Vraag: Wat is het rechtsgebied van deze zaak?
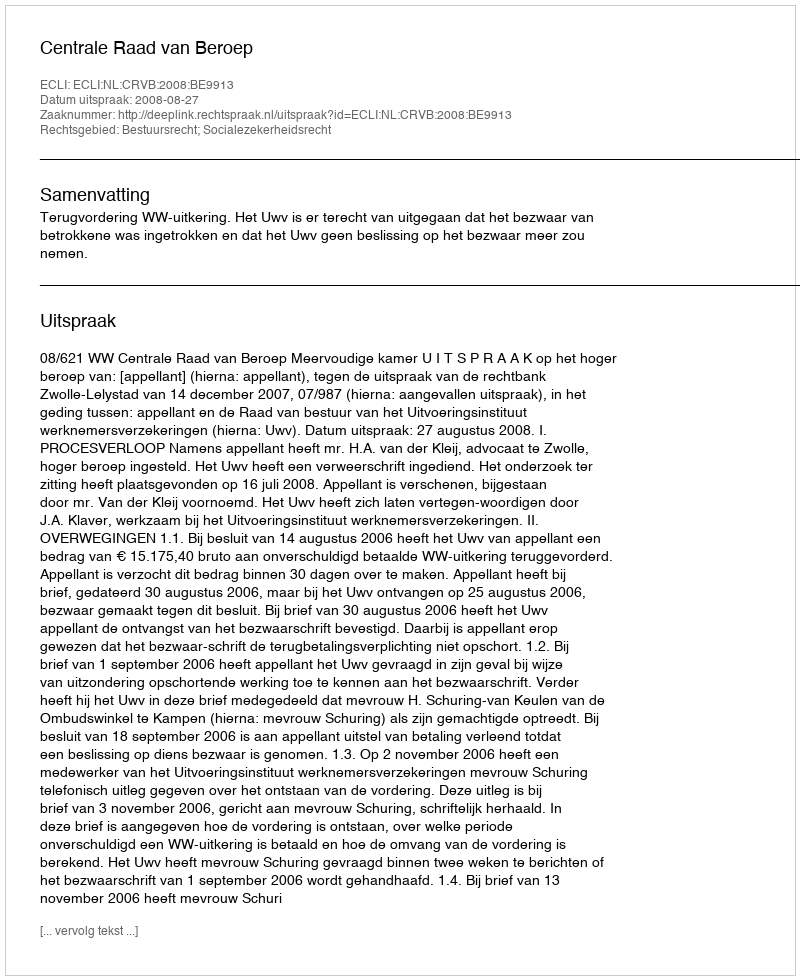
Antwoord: Bestuursrecht; Socialezekerheidsrecht